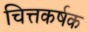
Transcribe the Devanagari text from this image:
चित्तकर्षक